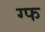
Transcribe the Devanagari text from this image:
ग्फ